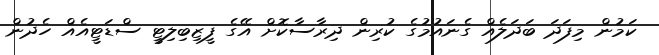
ކަމުން މިފަދަ ބަދަލެއް ގެނައުމުގެ ކުރިން ދިރާސާކޮށް އޭގެ ފީޒިބިލިޓީ ސްޑަޓީއެއް ހެދުން